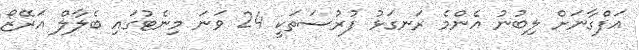
އަފްގާނަށް ލިބުނު އެންމެ ރަނގަޅު ފުރުސަތަކީ 24 ވަނަ މިނެޓުގައި ބެލާލް އަރޭޒޯ